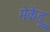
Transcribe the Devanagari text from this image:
मेकेंड्रू